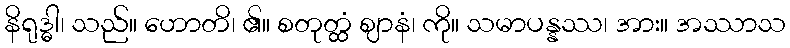
နိရုဒ္ဓါ၊ သည်။ ဟောတိ၊ ၏။ စတုတ္ထံ ဈာနံ၊ ကို။ သမာပန္နဿ၊ အား။ အဿာသ